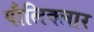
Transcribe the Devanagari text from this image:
पौलिक्लार